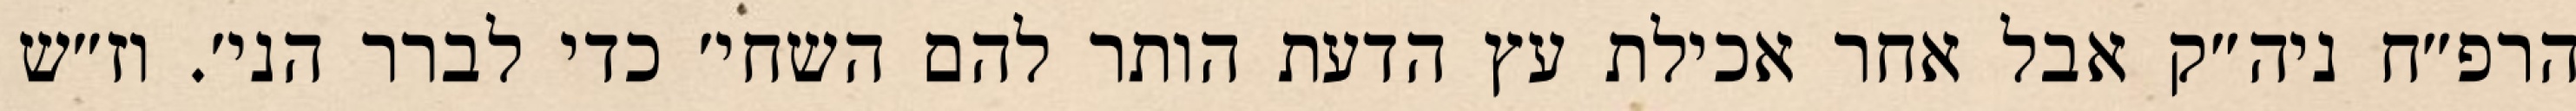
הרפ״ח ניה״ק אבל אחר אכילת עץ הדעת הותר להם השחי׳ כדי לברר הני׳. וז״ש